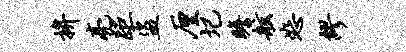
拚亮距盗厘圮瞻舷恕缪